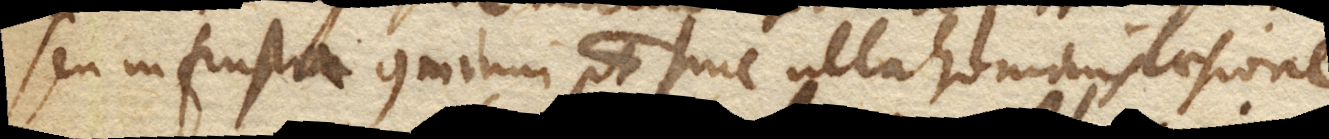
seu in frusta comminui potest sine ulla hominis laesione.